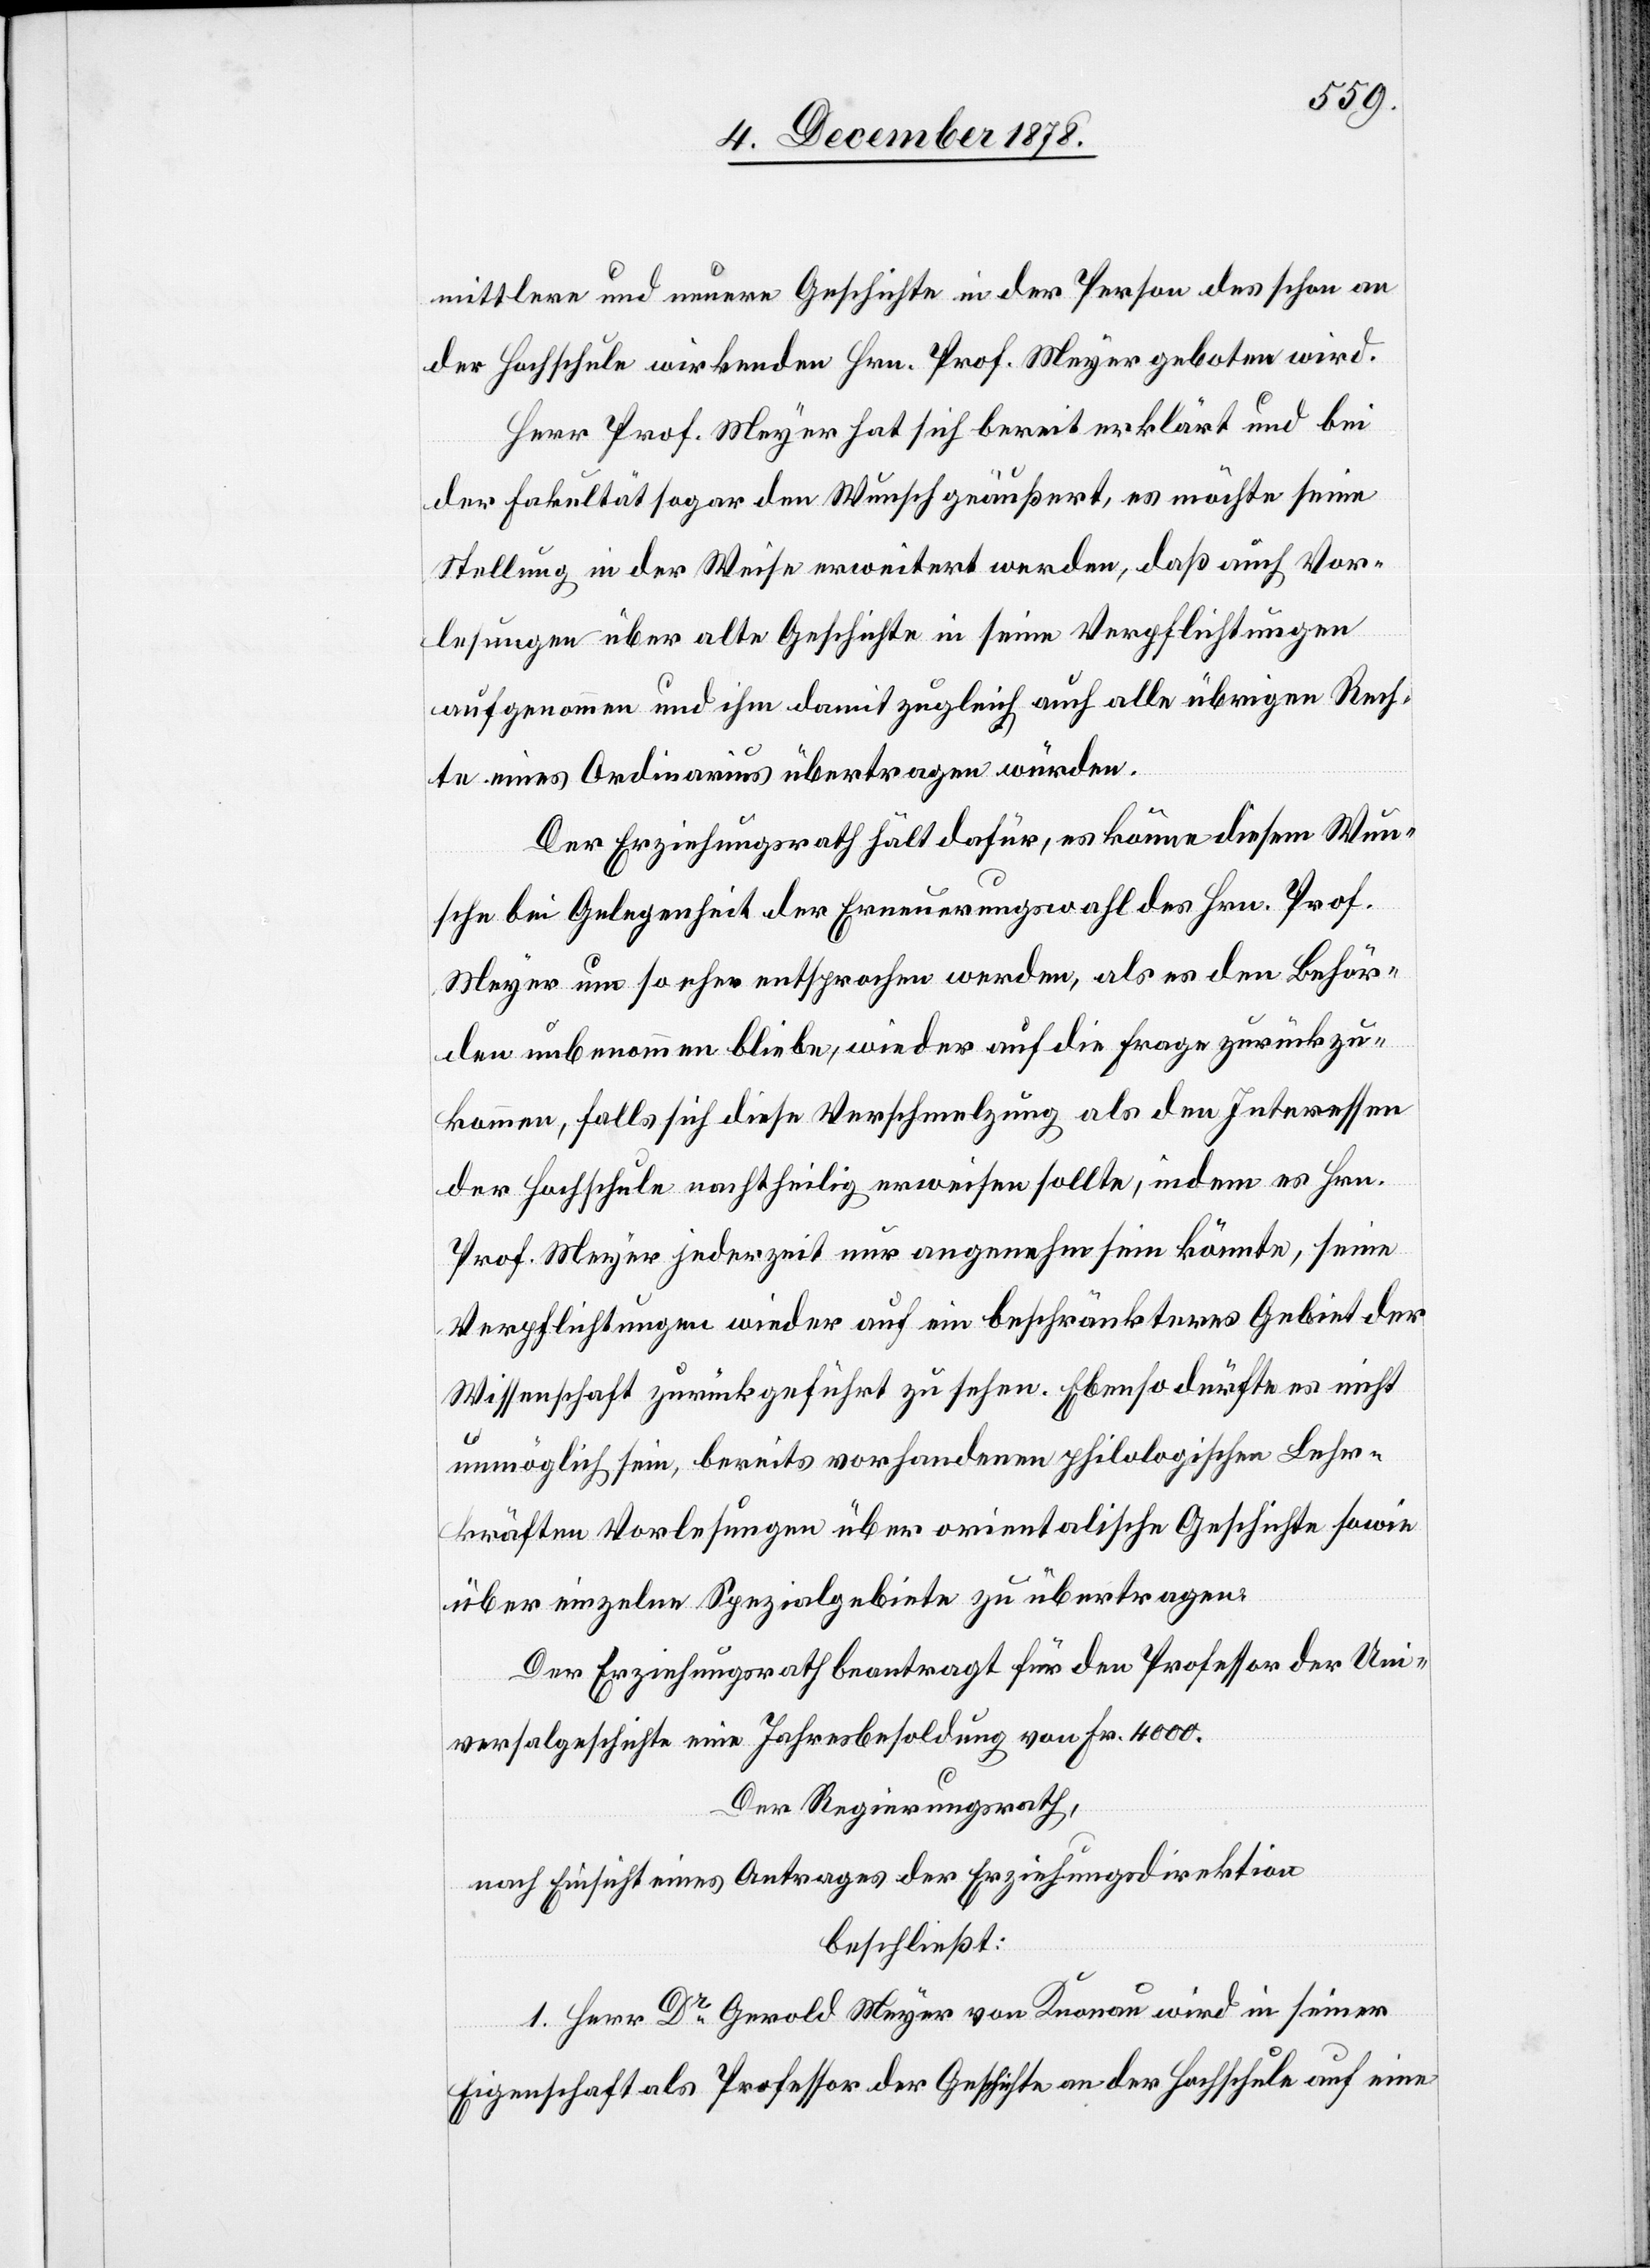
mittlere und neuere Geschichte in der Person des schon an
der Hochschule wirkenden Hrn. Prof. Meyer geboten wird.
Herr Prof. Meyer hat sich bereit erklärt und bei
der Fakultät sogar den Wunsch geäußert, es möchte seine
Stellung in der Weise erweitert werden, daß auch Vor¬
lesungen über alte Geschichte in seiner Verpflichtungen
aufgenommen und ihm damit zugleich auch alle übrigen Rech¬
te eines Ordinarius übertragen würden.
Der Erziehungsrath hält dafür, es könne diesem Wun¬
sche bei Gelegenheit der Erneuerungswahl des Hrn. Prof.
Meyer um so eher entsprochen werden, als es den Behör¬
den unbenommen bleibe, wieder auf die Frage zurückzu¬
kommen, falls sich diese Verschmelzung als den Interessen
der Hochschule nachtheilig erweisen sollte, indem es Hrn.
Prof. Meyer jederzeit nur angenehm sein könnte, seine
Verpflichtungen wieder auf ein beschränkteres Gebiet der
Wissenschaft zurückgeführt zu sehen. Ebenso dürfte es nicht
unmöglich sein, bereits vorhandenen philosophischen Lehr¬
kräften Vorlesungen über orientalische Geschichte sowie
über einzelne Spezialgebiete zu übertragen.
Der Erziehungsrath beantragt für den Professor der Uni¬
versalgeschichte eine Jahresbesoldung von Fr. 4000.
Der Regierungsrath,
nach Einsicht eines Antrages der Erziehungsdirektion
beschließt:
1. Herr Dr Gerold Meyer von Knonau wird in seiner
Eigenschaft als Professor der Geschichte an der Hochschule auf eine